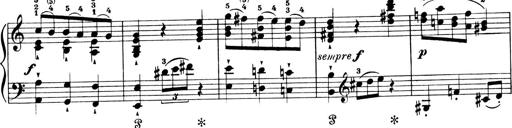
Title: 4 Sonatines
Composer: Max Reger